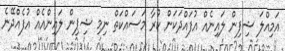
އަމިއްލަަ ޝިފިން ލައިނެއް އުފައްދަކަން ކުރާ މަަސައްކަތް ނިމި ޝިޕިން ލައިންއެއް އުފެއްދޭނެ